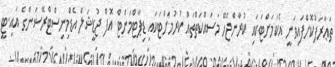
ތަޢާރަފުކޮށްފައިވަނީ އެކަމަށްޓަކައި ކުރާންޖެހޭ މަސައްކަތްތައް ކުރުމަށްޓަކައި ޑިޕާޓްމަންޓް އޮފް ޖުޑީޝަލް އެޑްމިނިސްޓްރޭޝަންގެ އައި.ޓީ